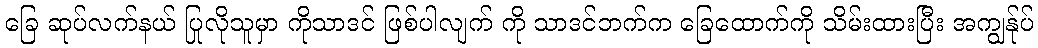
ခြေ ဆုပ်လက်နယ် ပြုလိုသူမှာ ကိုသာဒင် ဖြစ်ပါလျက် ကို သာဒင်ဘက်က ခြေထောက်ကို သိမ်းထားပြီး အကျွန်ုပ်